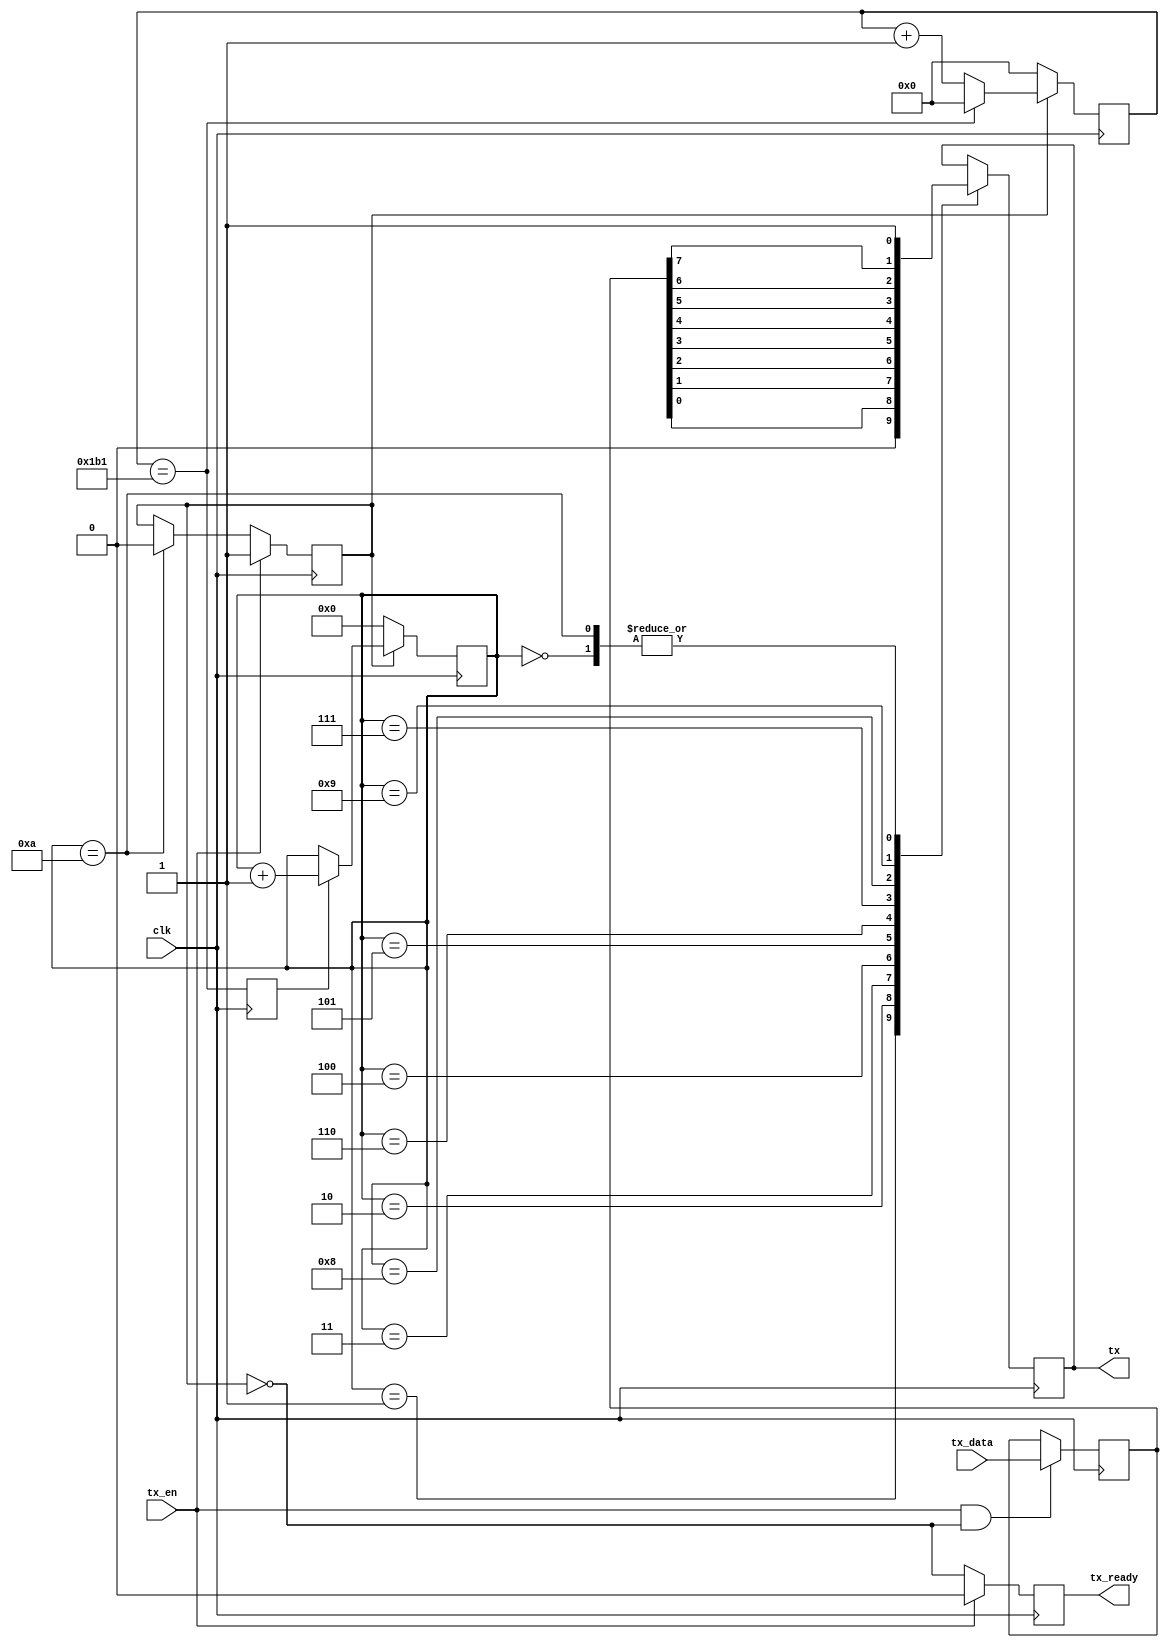
`timescale 1ns / 1ps
//////////////////////////////////////////////////////////////////////////////////
// Company: 
// Engineer: 
// 
// Create Date:
// Design Name: 
// Module Name: uart_tx
// Project Name: 
// Target Devices: 
// Tool Versions: 
// Description: ,1,8,2.
// 
// Dependencies: 
// 
// Revision:
// Revision 0.01 - File Created
// Additional Comments:
// 
//////////////////////////////////////////////////////////////////////////////////

module uart_tx
#(
	parameter BAUDRATE = 115200,
	parameter CLK_RATE = 50000000
)
(
    input	wire		clk,
	
	// uart
    output  reg			tx,
	
	// data
    input	wire		tx_en,
    input	wire [7:0]	tx_data,
	output	reg			tx_ready
);

reg start;
reg clk_en;
reg [3:0] cnt;
reg [7:0] data;
reg [31:0] clk_cnt;

initial
begin
	start = 0;
end

// 
always@(posedge clk)
begin
	if(!start)
		clk_cnt <= 0;
	else if(clk_cnt == CLK_RATE / BAUDRATE - 1)
		clk_cnt <= 0;
	else
		clk_cnt <= clk_cnt + 1;
end

// 
always@(posedge clk)
begin
	clk_en <= (clk_cnt == CLK_RATE / BAUDRATE - 1);
end

// 
always@(posedge clk)
begin
    if(tx_en) // 
        start <= 1;
    else if(cnt == 10) // 
        start <= 0;
end

// 
always@(posedge clk)
begin
	if(tx_en && !start)
		data <= tx_data;
end

// 
always@(posedge clk)
begin
    if(!start)
		cnt <= 0;
	else if(clk_en)
        cnt <= cnt + 1;
end

// 
always@(posedge clk)
begin
    case(cnt)
		0: tx <= 1'b1;    // ().
        1: tx <= 1'b0;    // 
        2: tx <= data[0]; // 1bit0
        3: tx <= data[1]; // 2bit1
        4: tx <= data[2]; // 3bit2
        5: tx <= data[3]; // 4bit3
        6: tx <= data[4]; // 5bit4
        7: tx <= data[5]; // 6bit5
        8: tx <= data[6]; // 7bit6
        9: tx <= data[7]; // 8bit7
        10:tx <= 1'b1;    // 
    endcase
end

// 
always@(posedge clk)
begin
	if(tx_en)
		tx_ready <= 0;
	else
		tx_ready <= !start;
end

endmodule